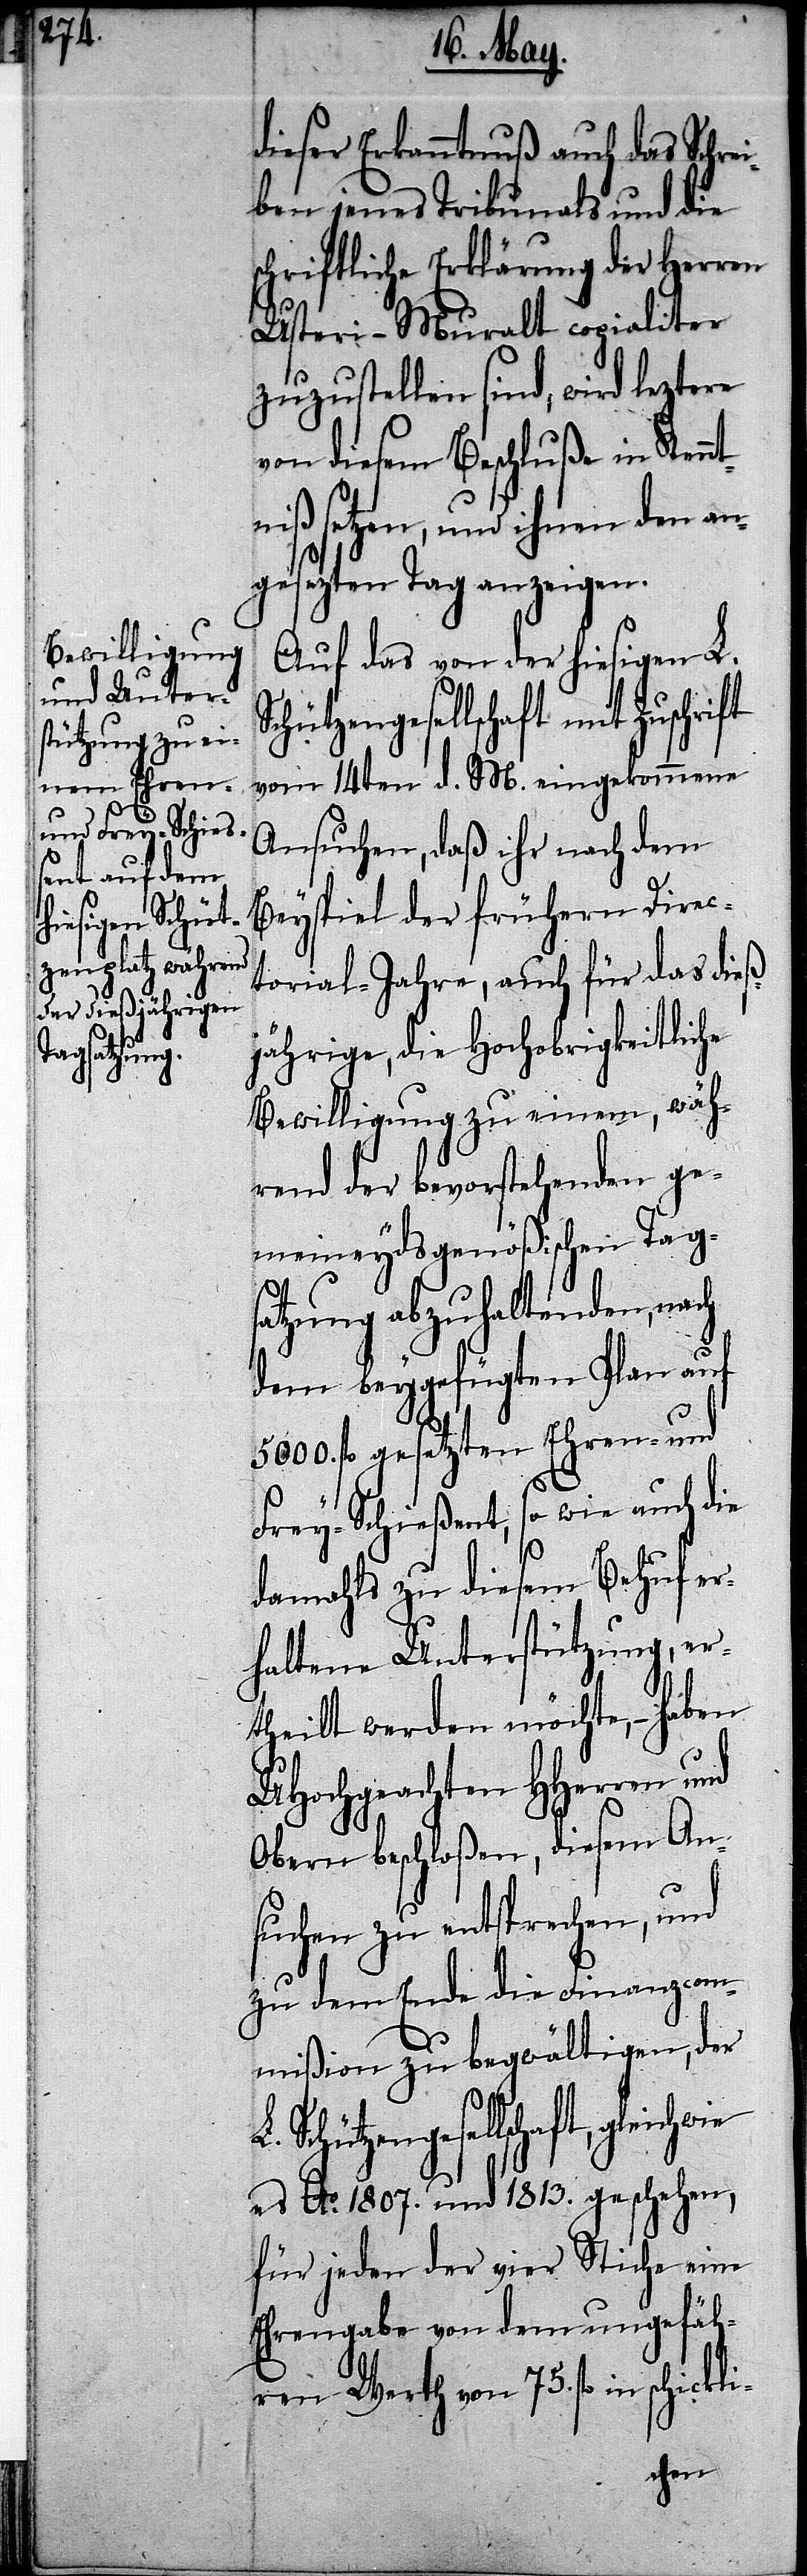
dieser Erkanntnuß auch das Schre¬
iben jenes Tribunals und die
schriftliche Erklärung der Herren
Usteri-Muralt copialiter
zuzustellen sind, wird leztere
von diesem Beschluße in Ken¬
iß setzen, und ihnen den an¬
gesezten Tag anzeigen.
Auf das von der hiesigen L.
vom 14ten d. M. eingekommene
Ansuchen, daß ihr nach dem
Beyspiel der frühern Direc¬
torial-Jahre, auch für das dieß¬
jährige, die Hochobrigkeitliche
Bewilligung zu einem, wäh¬
rend der bevorstehenden ge¬
meindeydsgenößischen Tags¬
atzung abzuhaltenden, nach
dem beygefügten Plan auf
5000. fl. gesezten Ehren- und
Frey-Schießent, so wie auch die
damahls zu diesem Behuf er¬
haltne Unterstützung, er¬
theilt werden möchte, – haben
UHochgeachten HHerren und
Obern beschloßen, diesem An¬
suchen zu entsprechen, und
zu dem Ende die Finanzcom¬
mißion zu begwältigen, der
Schützengesellschaft,
es Ao. 1807. und 1813. geschehen,
für jeden der vier Stiche eine
Ehrengabe von dem ungefäh¬
ren Werth von 75. fl. in
ntn¬